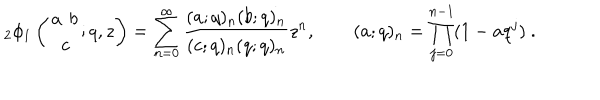
LaTeX: { } _ { 2 } \phi _ { 1 } \left( \begin{matrix} { { a \phantom { c } b } } \\ { { \phantom { a } c \phantom { b } } } \\ \end{matrix} ; q , z \right) = \sum _ { n = 0 } ^ { \infty } \frac { ( a ; q ) _ { n } ( b ; q ) _ { n } } { ( c ; q ) _ { n } ( q ; q ) _ { n } } z ^ { n } , \qquad ( a ; q ) _ { n } = \prod _ { j = 0 } ^ { n - 1 } ( 1 - a q ^ { j } ) ~ .